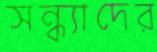
সন্ধ্যাদের